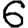
Digit: 6